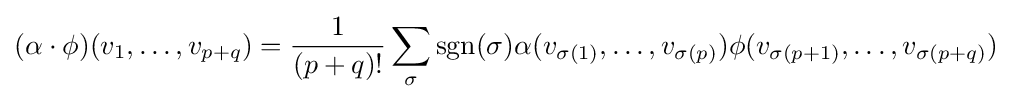
(\alpha \cdot \phi )(v_{1},\dotsc ,v_{p+q})={1 \over (p+q)!}\sum _{\sigma }\operatorname {sgn} (\sigma )\alpha (v_{\sigma (1)},\dotsc ,v_{\sigma (p)})\phi (v_{\sigma (p+1)},\dotsc ,v_{\sigma (p+q)})